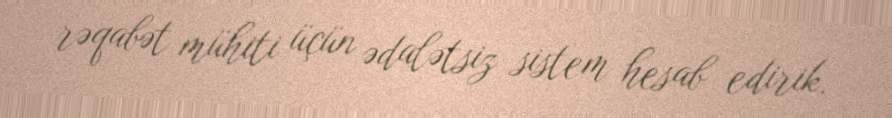
rəqabət mühiti üçün ədalətsiz sistem hesab edirik.